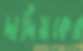
দার্দিয়কের